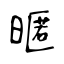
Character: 暱